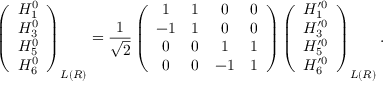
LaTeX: \left( \begin{array} { c } { { H _ { 1 } ^ { 0 } } } \\ { { H _ { 3 } ^ { 0 } } } \\ { { H _ { 5 } ^ { 0 } } } \\ { { H _ { 6 } ^ { 0 } } } \end{array} \right) _ { L ( R ) } = \frac { 1 } { \sqrt { 2 } } \left( \begin{array} { c c c c } { { 1 } } & { { 1 } } & { { 0 } } & { { 0 } } \\ { { - 1 } } & { { 1 } } & { { 0 } } & { { 0 } } \\ { { 0 } } & { { 0 } } & { { 1 } } & { { 1 } } \\ { { 0 } } & { { 0 } } & { { - 1 } } & { { 1 } } \end{array} \right) \left( \begin{array} { c } { { H _ { 1 } ^ { \prime 0 } } } \\ { { H _ { 3 } ^ { \prime 0 } } } \\ { { H _ { 5 } ^ { \prime 0 } } } \\ { { H _ { 6 } ^ { \prime 0 } } } \end{array} \right) _ { L ( R ) } .